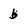
Character: b